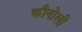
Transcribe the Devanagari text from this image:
कौनोली